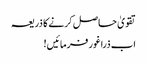
تقویٰ حاصل کرنے کا ذریعہ
اب ذراغور فرمائیں!